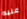
عليه